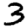
Digit: 3